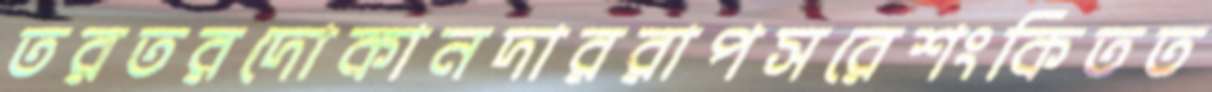
তরতরদোকানদাররাপসরেশংকিতত